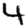
Digit: 4